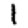
Digit: 1